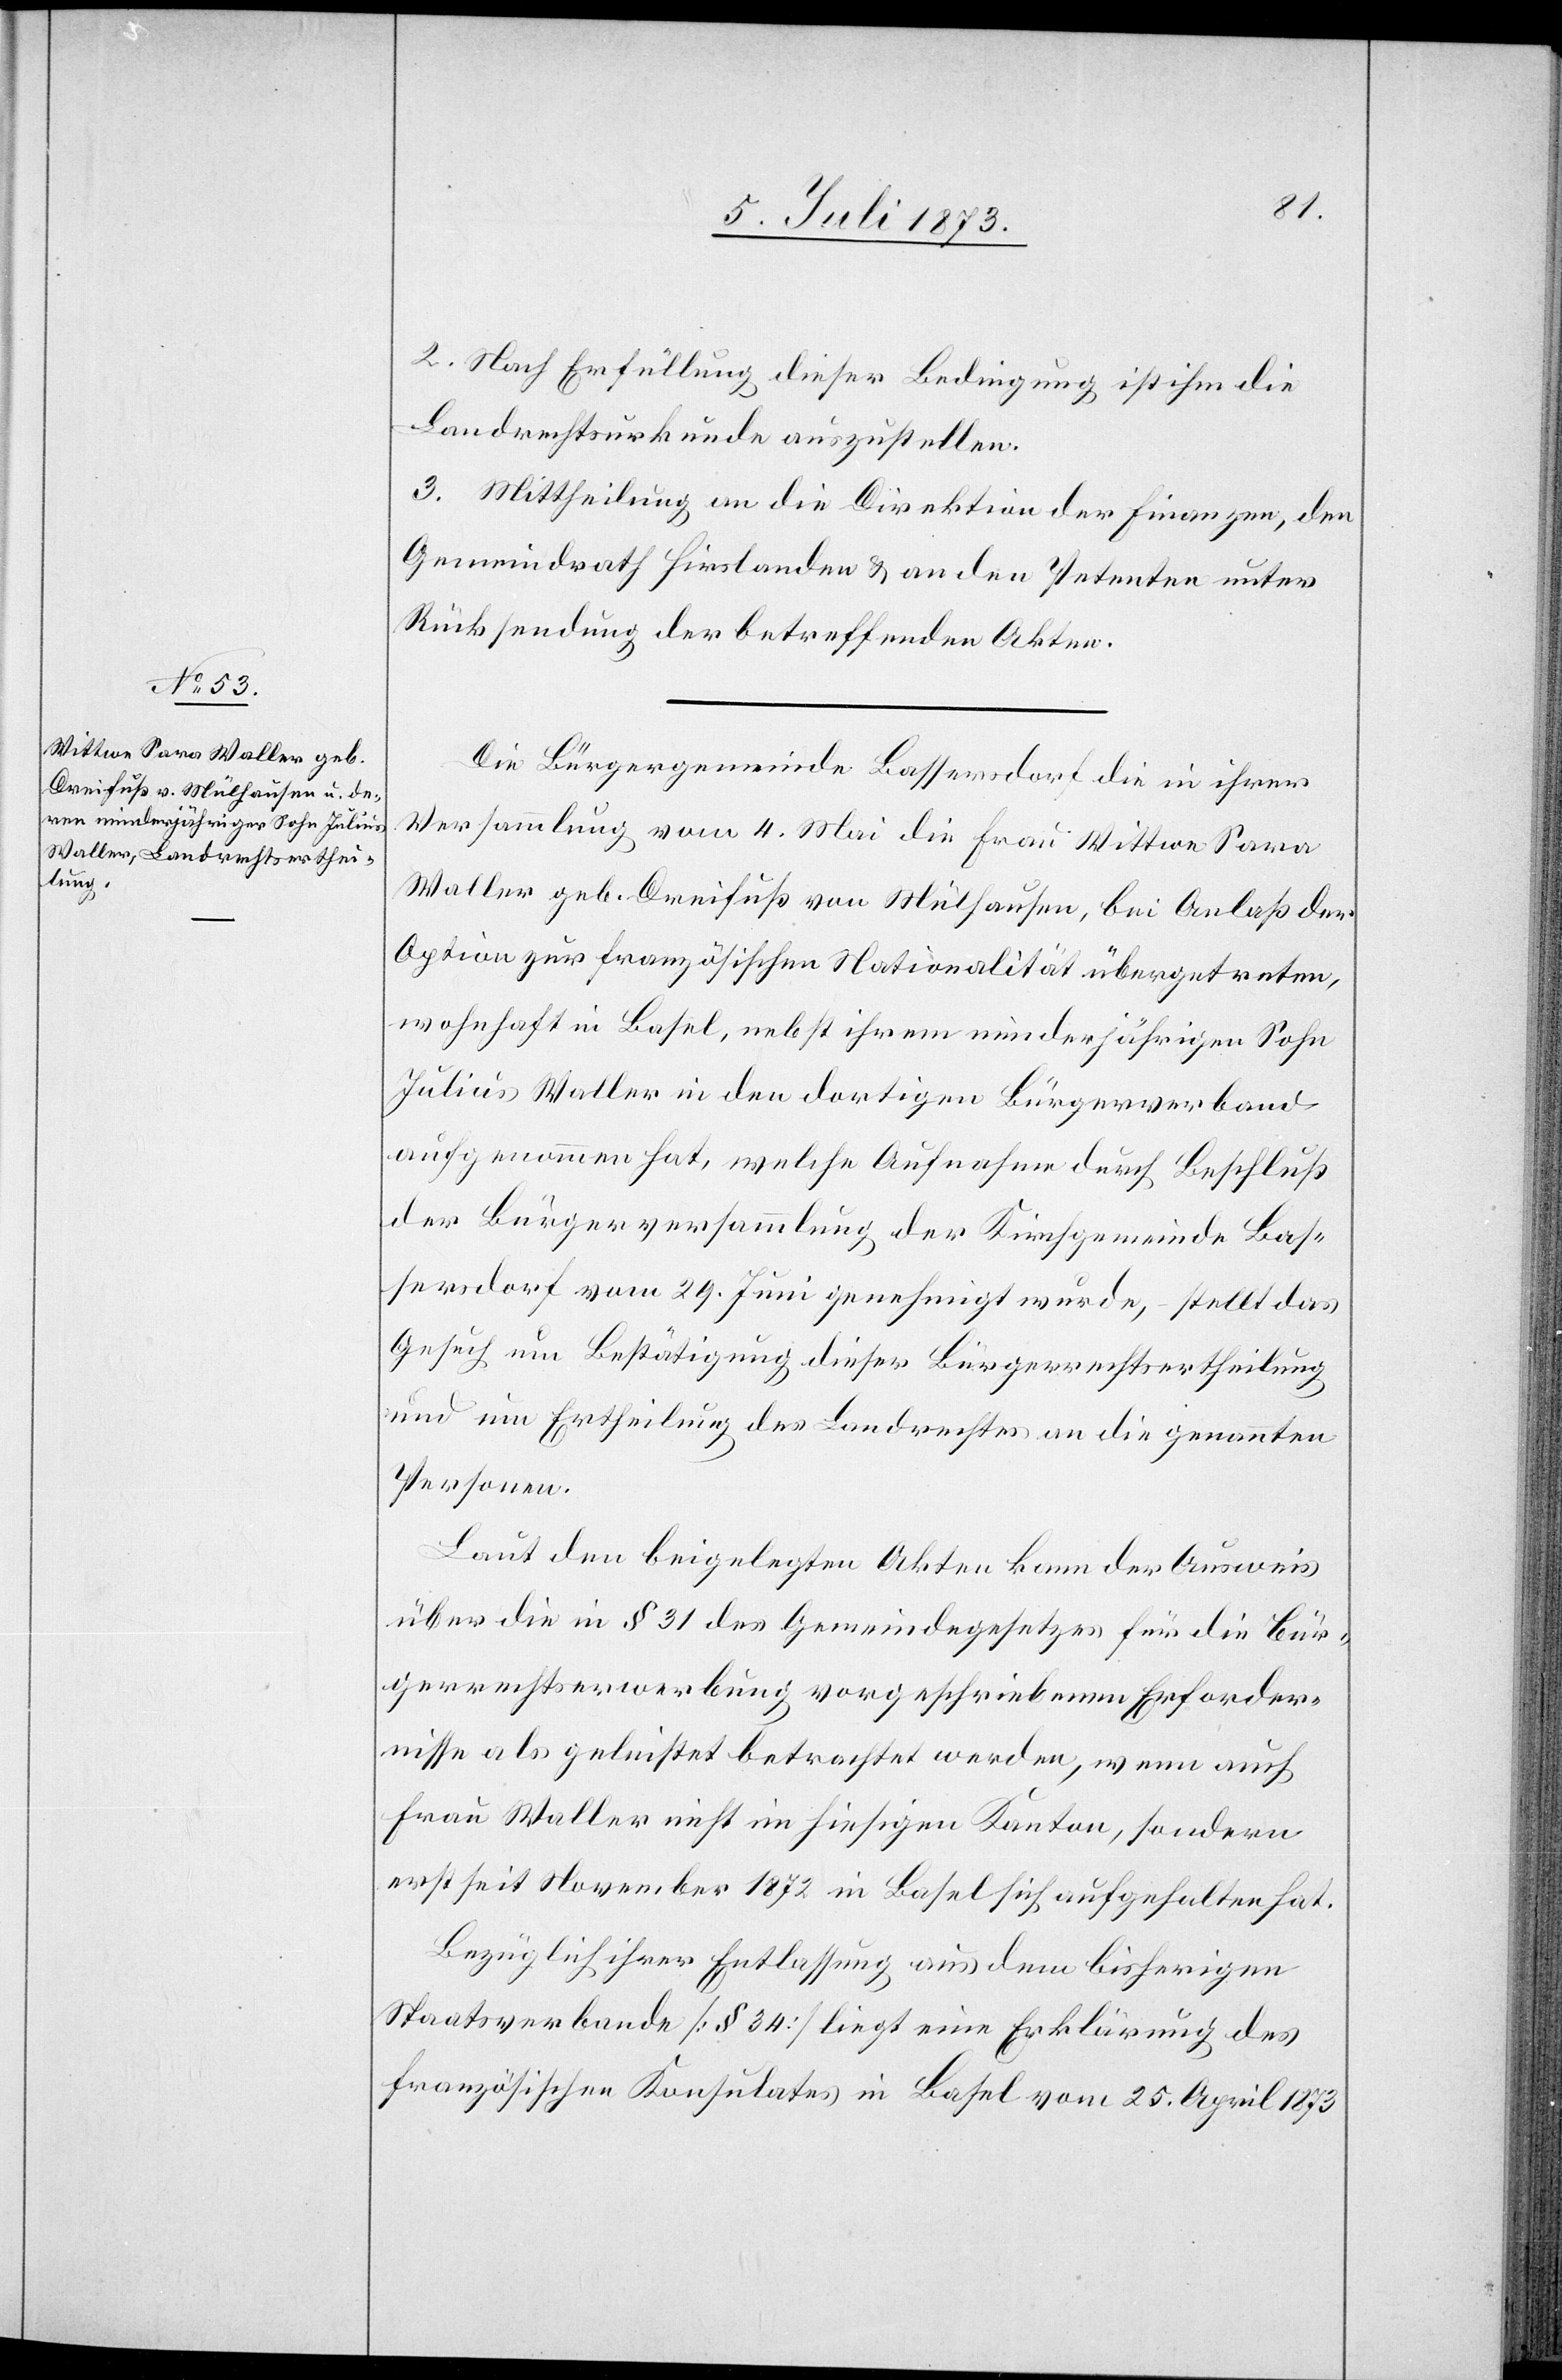
2. Nach Erfüllung dieser Bedingung ist ihm die
Landrechtsurkunde auszustellen.
3. Mittheilung an die Direktion der Finanzen, den
Gemeindrath Hirslanden & an den Petenten unter
Rücksendung der betreffenden Akten.